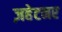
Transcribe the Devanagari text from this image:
ज़हेटनर